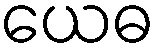
ယေဓ